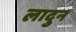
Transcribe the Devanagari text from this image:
लादुन